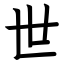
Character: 世